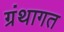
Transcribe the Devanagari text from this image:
ग्रंथागत